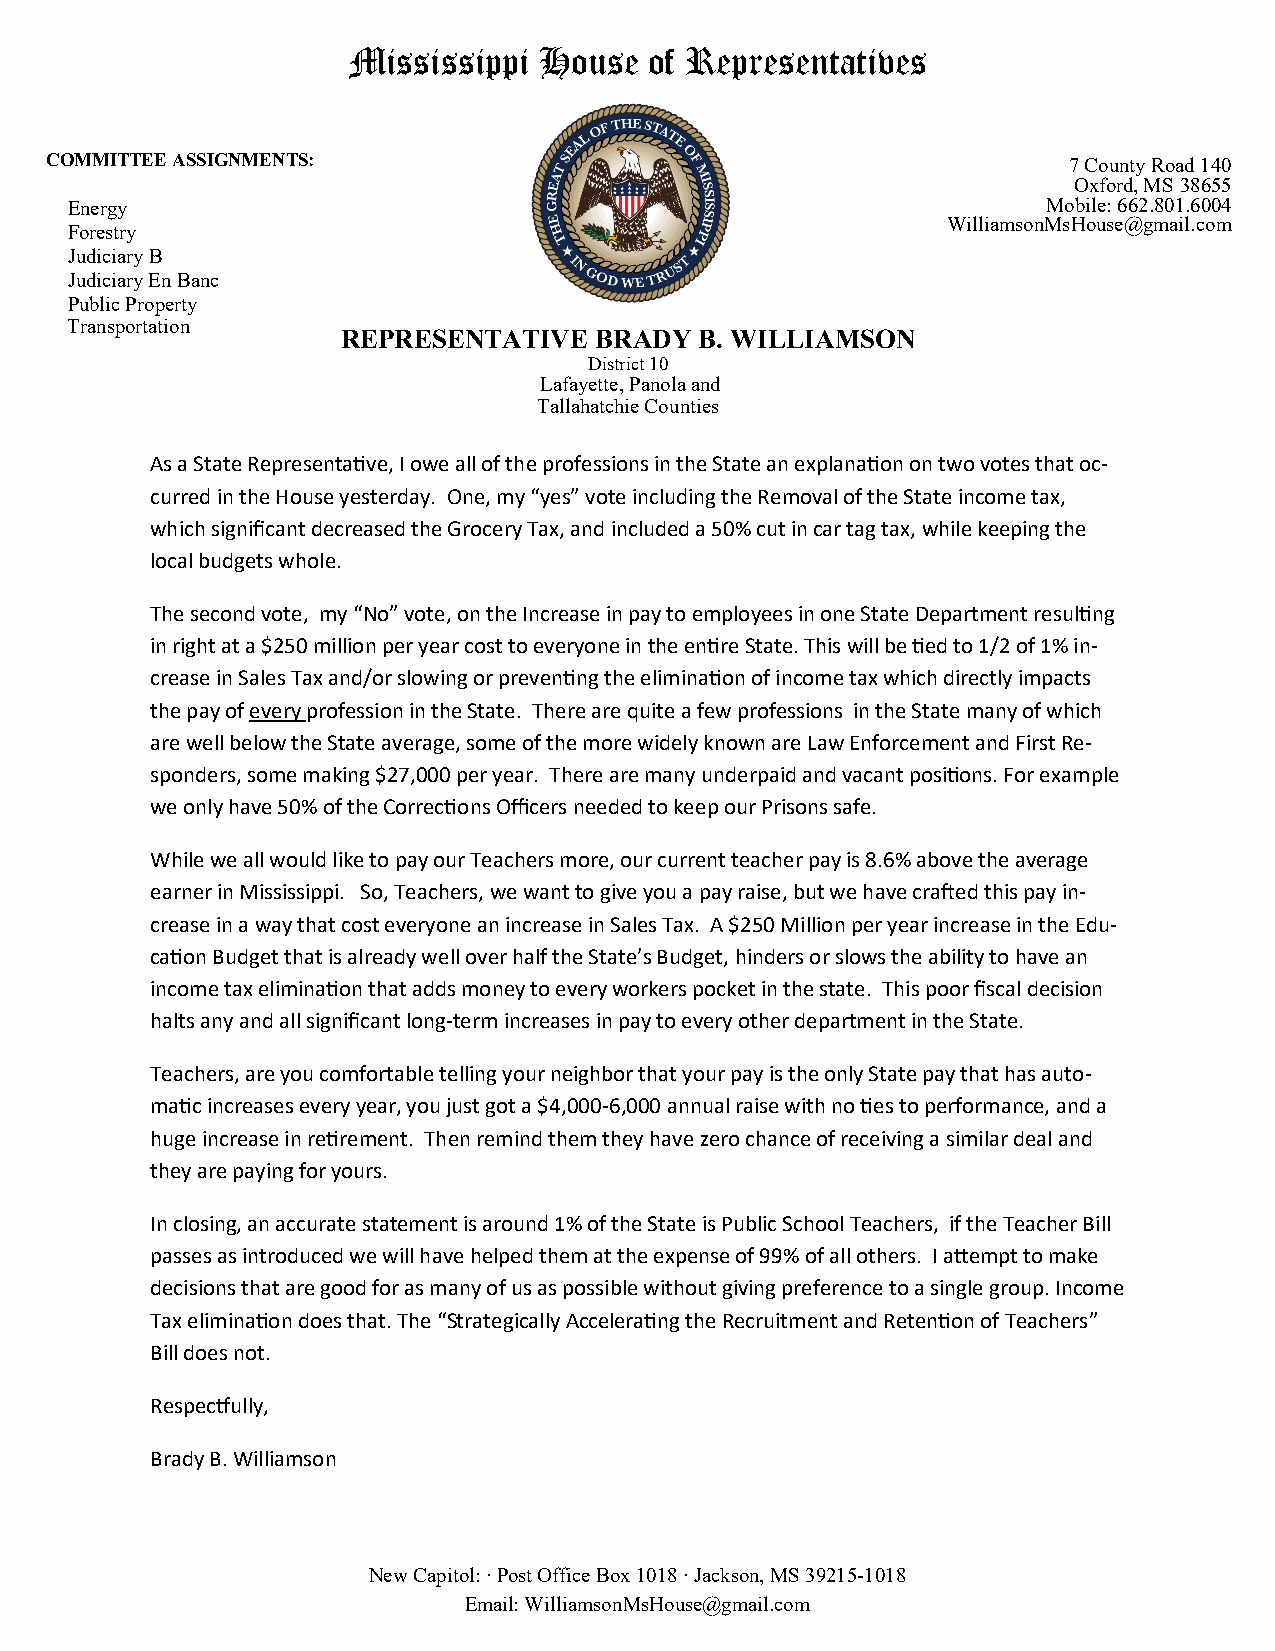
Mississippi  House  of Representatives
 COMMITTEE ASSIGNMENTS:                                              7 County Road 140
 Oxford, MS 38655
 Energy                                                           Mobile: 662.801.6004
 WilliamsonMsHouse@gmail.com
 Forestry
 Judiciary B
 Judiciary En Banc
 Public Property
 Transportation
 REPRESENTATIVE  BRADY  B. WILLIAMSON
 District 10
 Lafayette, Panola and
 Tallahatchie Counties
 As a State Representative, I owe all of the professions in the State an explanation on two votes that oc-
 curred in the House yesterday. One, my “yes” vote including the Removal of the State income tax,
 which significant decreased the Grocery Tax, and included a 50% cut in car tag tax, while keeping the
 local budgets whole.
 The second vote, my “No” vote, on the Increase in pay to employees in one State Department resulting
 in right at a $250 million per year cost to everyone in the entire State. This will be tied to 1/2 of 1% in-
 crease in Sales Tax and/or slowing or preventing the elimination of income tax which directly impacts
 the pay of every profession in the State. There are quite a few professions in the State many of which
 are well below the State average, some of the more widely known are Law Enforcement and First Re-
 sponders, some making $27,000 per year. There are many underpaid and vacant positions. For example
 we only have 50% of the Corrections Officers needed to keep our Prisons safe.
 While we all would like to pay our Teachers more, our current teacher pay is 8.6% above the average
 earner in Mississippi. So, Teachers, we want to give you a pay raise, but we have crafted this pay in-
 crease in a way that cost everyone an increase in Sales Tax. A $250 Million per year increase in the Edu-
 cation Budget that is already well over half the State’s Budget, hinders or slows the ability to have an
 income tax elimination that adds money to every workers pocket in the state. This poor fiscal decision
 halts any and all significant long-term increases in pay to every other department in the State.
 Teachers, are you comfortable telling your neighbor that your pay is the only State pay that has auto-
 matic increases every year, you just got a $4,000-6,000 annual raise with no ties to performance, and a
 huge increase in retirement. Then remind them they have zero chance of receiving a similar deal and
 they are paying for yours.
 In closing, an accurate statement is around 1% of the State is Public School Teachers, if the Teacher Bill
 passes as introduced we will have helped them at the expense of 99% of all others. I attempt to make
 decisions that are good for as many of us as possible without giving preference to a single group. Income
 Tax elimination does that. The “Strategically Accelerating the Recruitment and Retention of Teachers”
 Bill does not.
 Respectfully,
 Brady B. Williamson
 New Capitol: ∙ Post Office Box 1018 ∙ Jackson, MS 39215-1018
 Email: WilliamsonMsHouse@gmail.com